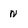
Character: N